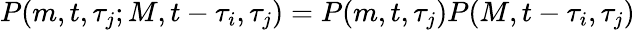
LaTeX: P(m,t,\tau_{j};M,t-\tau_{i},\tau_{j})=P(m,t,\tau_{j})P(M,t-\tau_{i},\tau_{j})